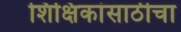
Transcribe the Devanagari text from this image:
शिक्षिकांसाठीचा